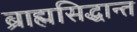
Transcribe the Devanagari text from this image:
ब्राह्मसिद्धान्त